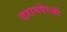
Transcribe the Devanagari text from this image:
टरानपेरंसी